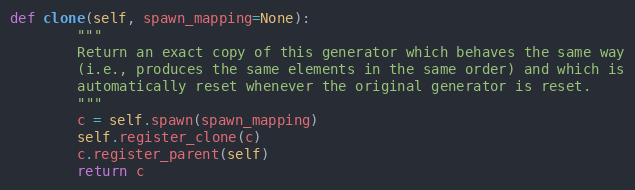
Language: Python
def clone(self, spawn_mapping=None):
        """
        Return an exact copy of this generator which behaves the same way
        (i.e., produces the same elements in the same order) and which is
        automatically reset whenever the original generator is reset.
        """
        c = self.spawn(spawn_mapping)
        self.register_clone(c)
        c.register_parent(self)
        return c